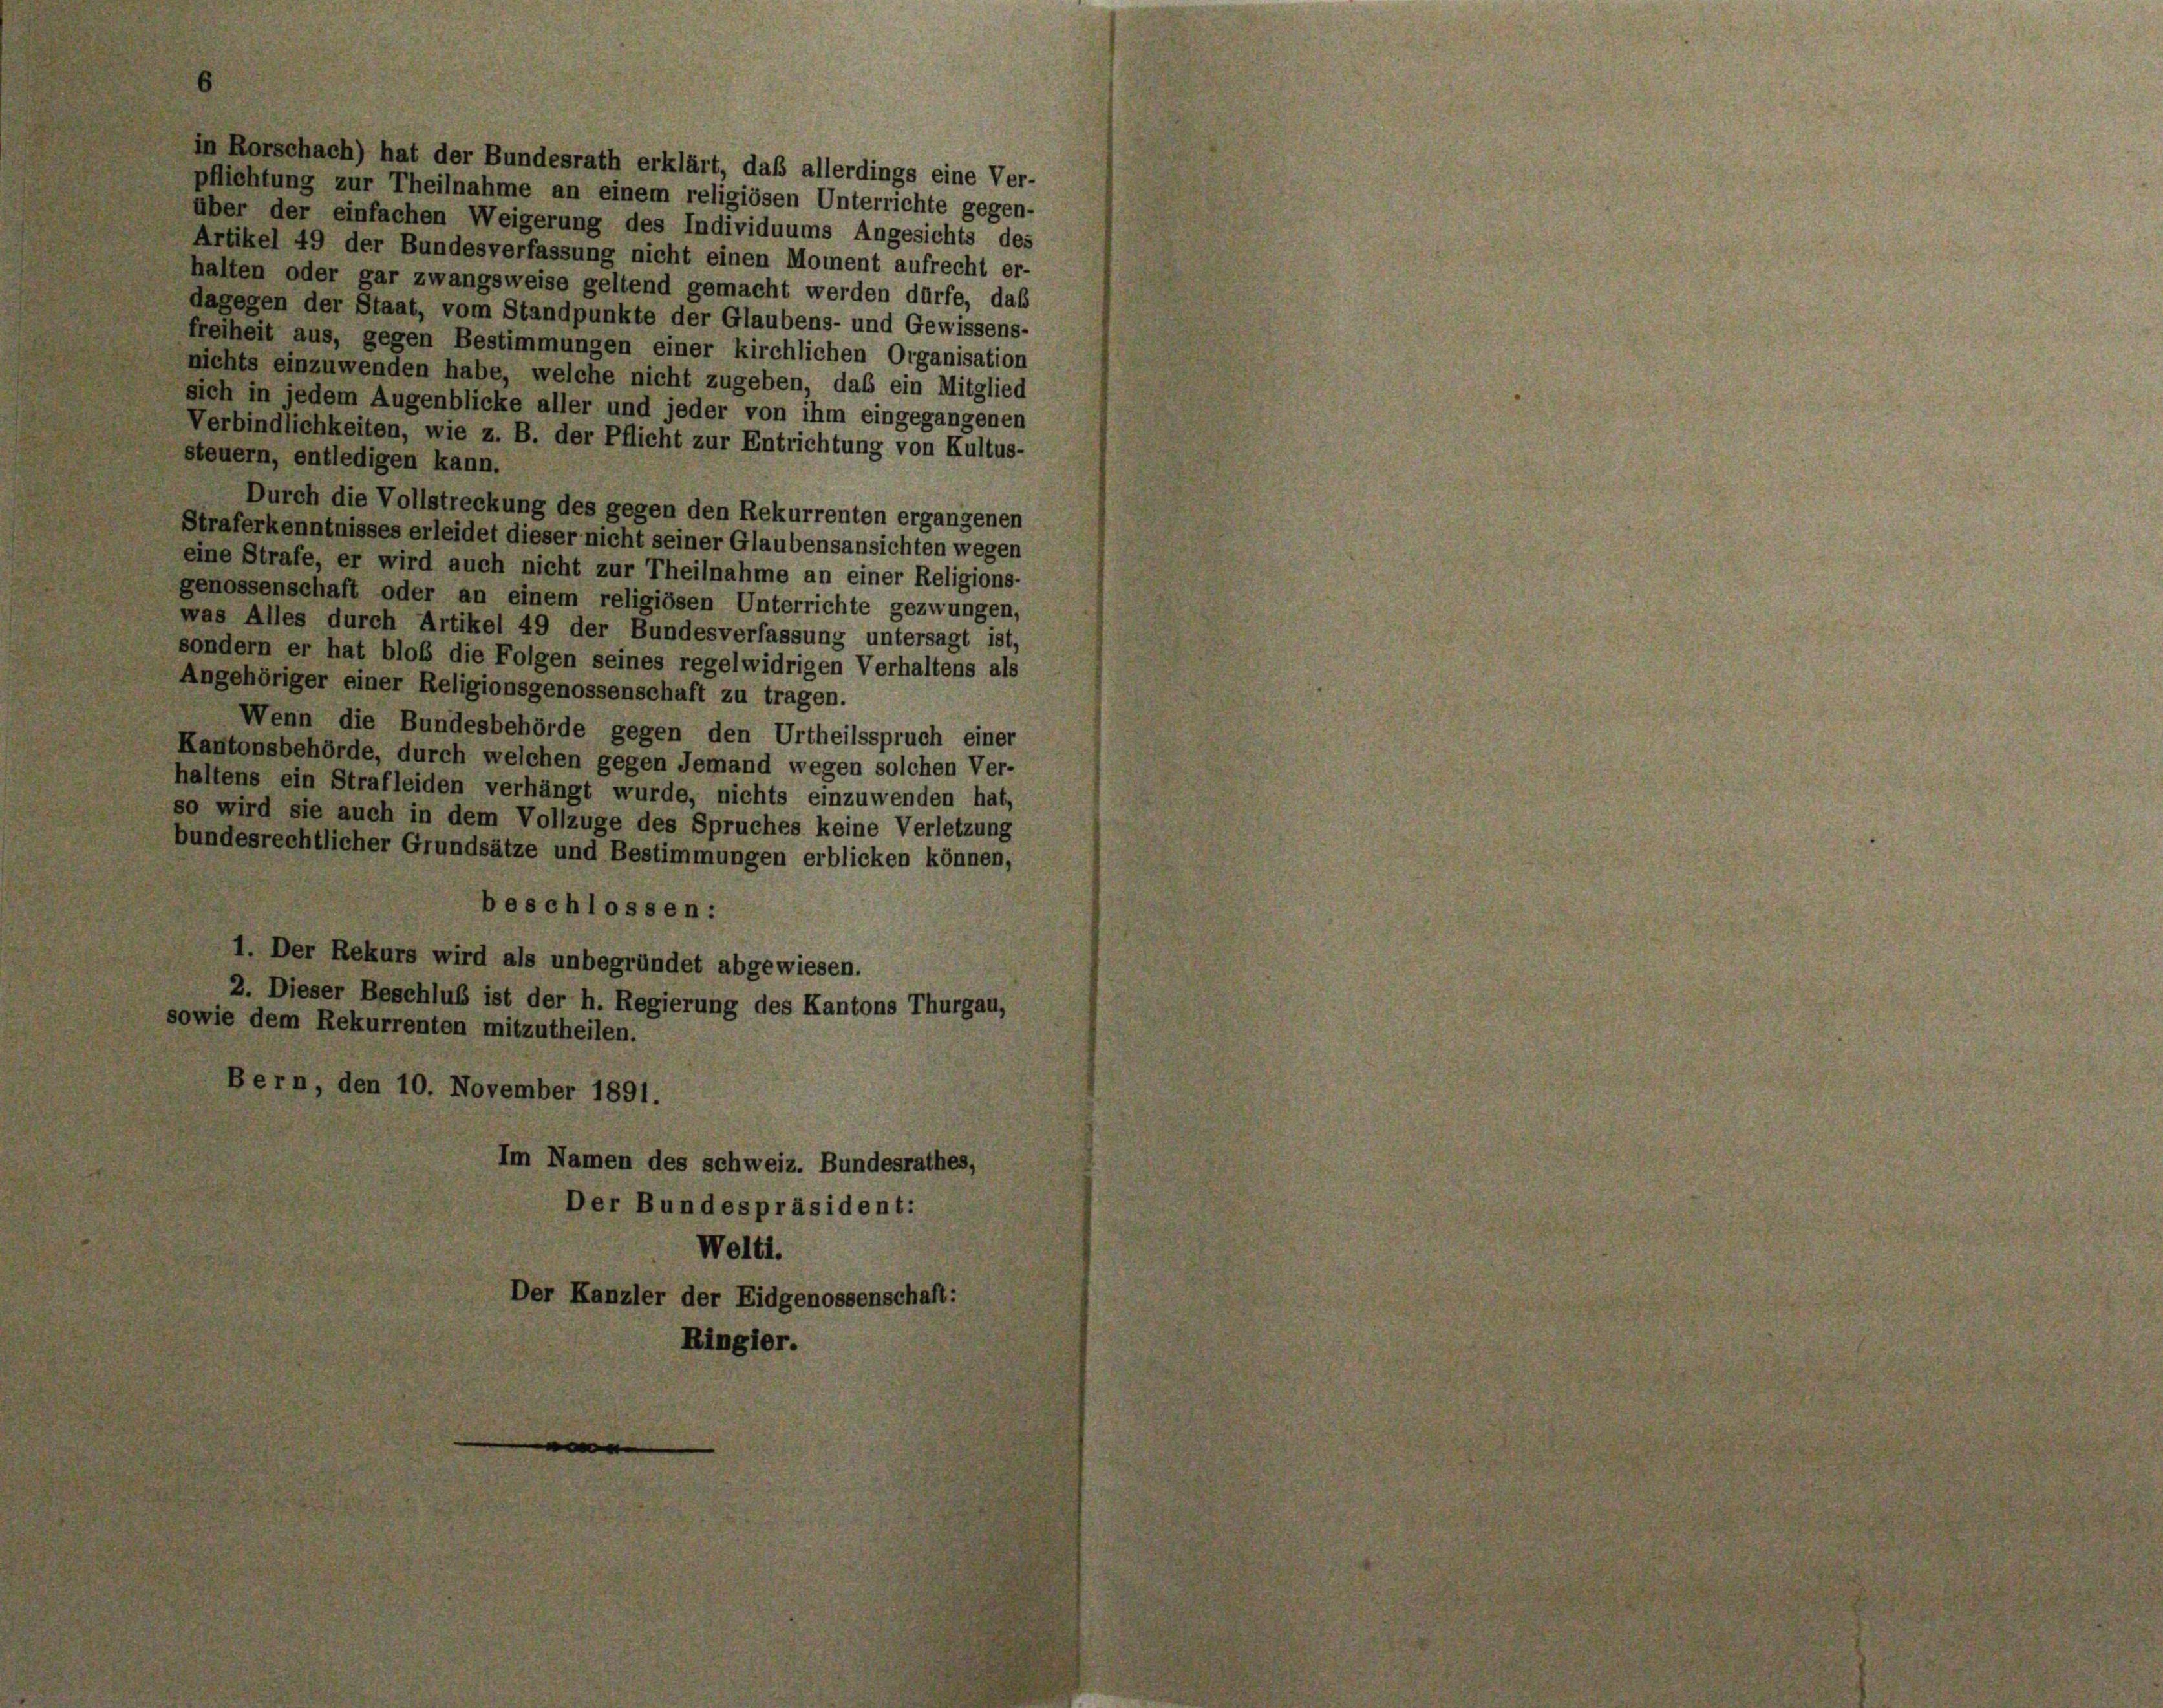
in Rorschach) hat der Bundesrath erklärt, daß allerdings eine Ver-
pflichtung zur Theilnahme an einem religiösen Unterrichte gegen-
über der einfachen Weigerung des Individuums Angesichts des
Artikel 49 der Bundesverfassung nicht einen Moment aufrecht er-
halten oder gar zwangsweise geltend gemacht werden dürfe, daß
dagegen der Staat, vom Standpunkte der Glaubens- und Gewissens-
freiheit aus, gegen Bestimmungen einer kirchlichen Organisation
nichts einzuwenden habe, welche nicht zugeben, das ein Mitglied
sich in jedem Augenblicke aller und jeder von ihm eingegangenen
Verbindlichkeiten, wie z. B. der Pflicht zur Entrichtung von Kultus-
steuern, entledigen kann.
Durch die Vollstreckung des gegen den Rekurrenten ergangenen
Straferkenntnisses erleidet dieser nicht seiner Glaubensansichten wegen
eine Strafe, er wird auch nicht zur Theilnahme an einer Religions-
genossenschaft oder an einem religiösen Unterrichte gezwungen,
was Alles durch Artikel 49 der Bundesverfassung untersagt ist,
sondern er hat bloß die Folgen seines regelwidrigen Verhaltens als
Angehöriger einer Religionsgenossenschaft zu tragen.
Wenn die Bundesbehörde gegen den Urtheilsspruch einer
Kantonsbehörde, durch welchen gegen Jemand wegen solchen Ver-
haltens ein Strafleiden verhängt wurde, nichts einzuwenden hat,
so wird sie auch in dem Vollzuge des Spruches keine Verletzung
bundesrechtlicher Grundsätze und Bestimmungen erblicken können,
beschlossen:
1. Der Rekurs wird als unbegründet abgewiesen.
2. Dieser Beschluß ist der h. Regierung des Kantons Thurgau,
sowie dem Rekurrenten mitzutheilen.
Bern, den 10. November 1891.
Im Namen des schweiz. Bundesrathes,
Der Bundespräsident:
Welti.
Der Kanzler der Eidgenossenschaft:
Ringier.